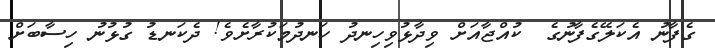
ގެފާނު އެކަލޭގެފާނުގެ  ކުއްޖާއަށް ވިދާޅުވިހިނދު ހަނދުމަކުރާށެވެ! ދެކަނޑު ގުޅުނު ހިސާބަށް